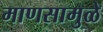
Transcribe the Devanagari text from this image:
माणसामुळे